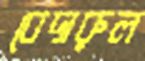
বেদারুল